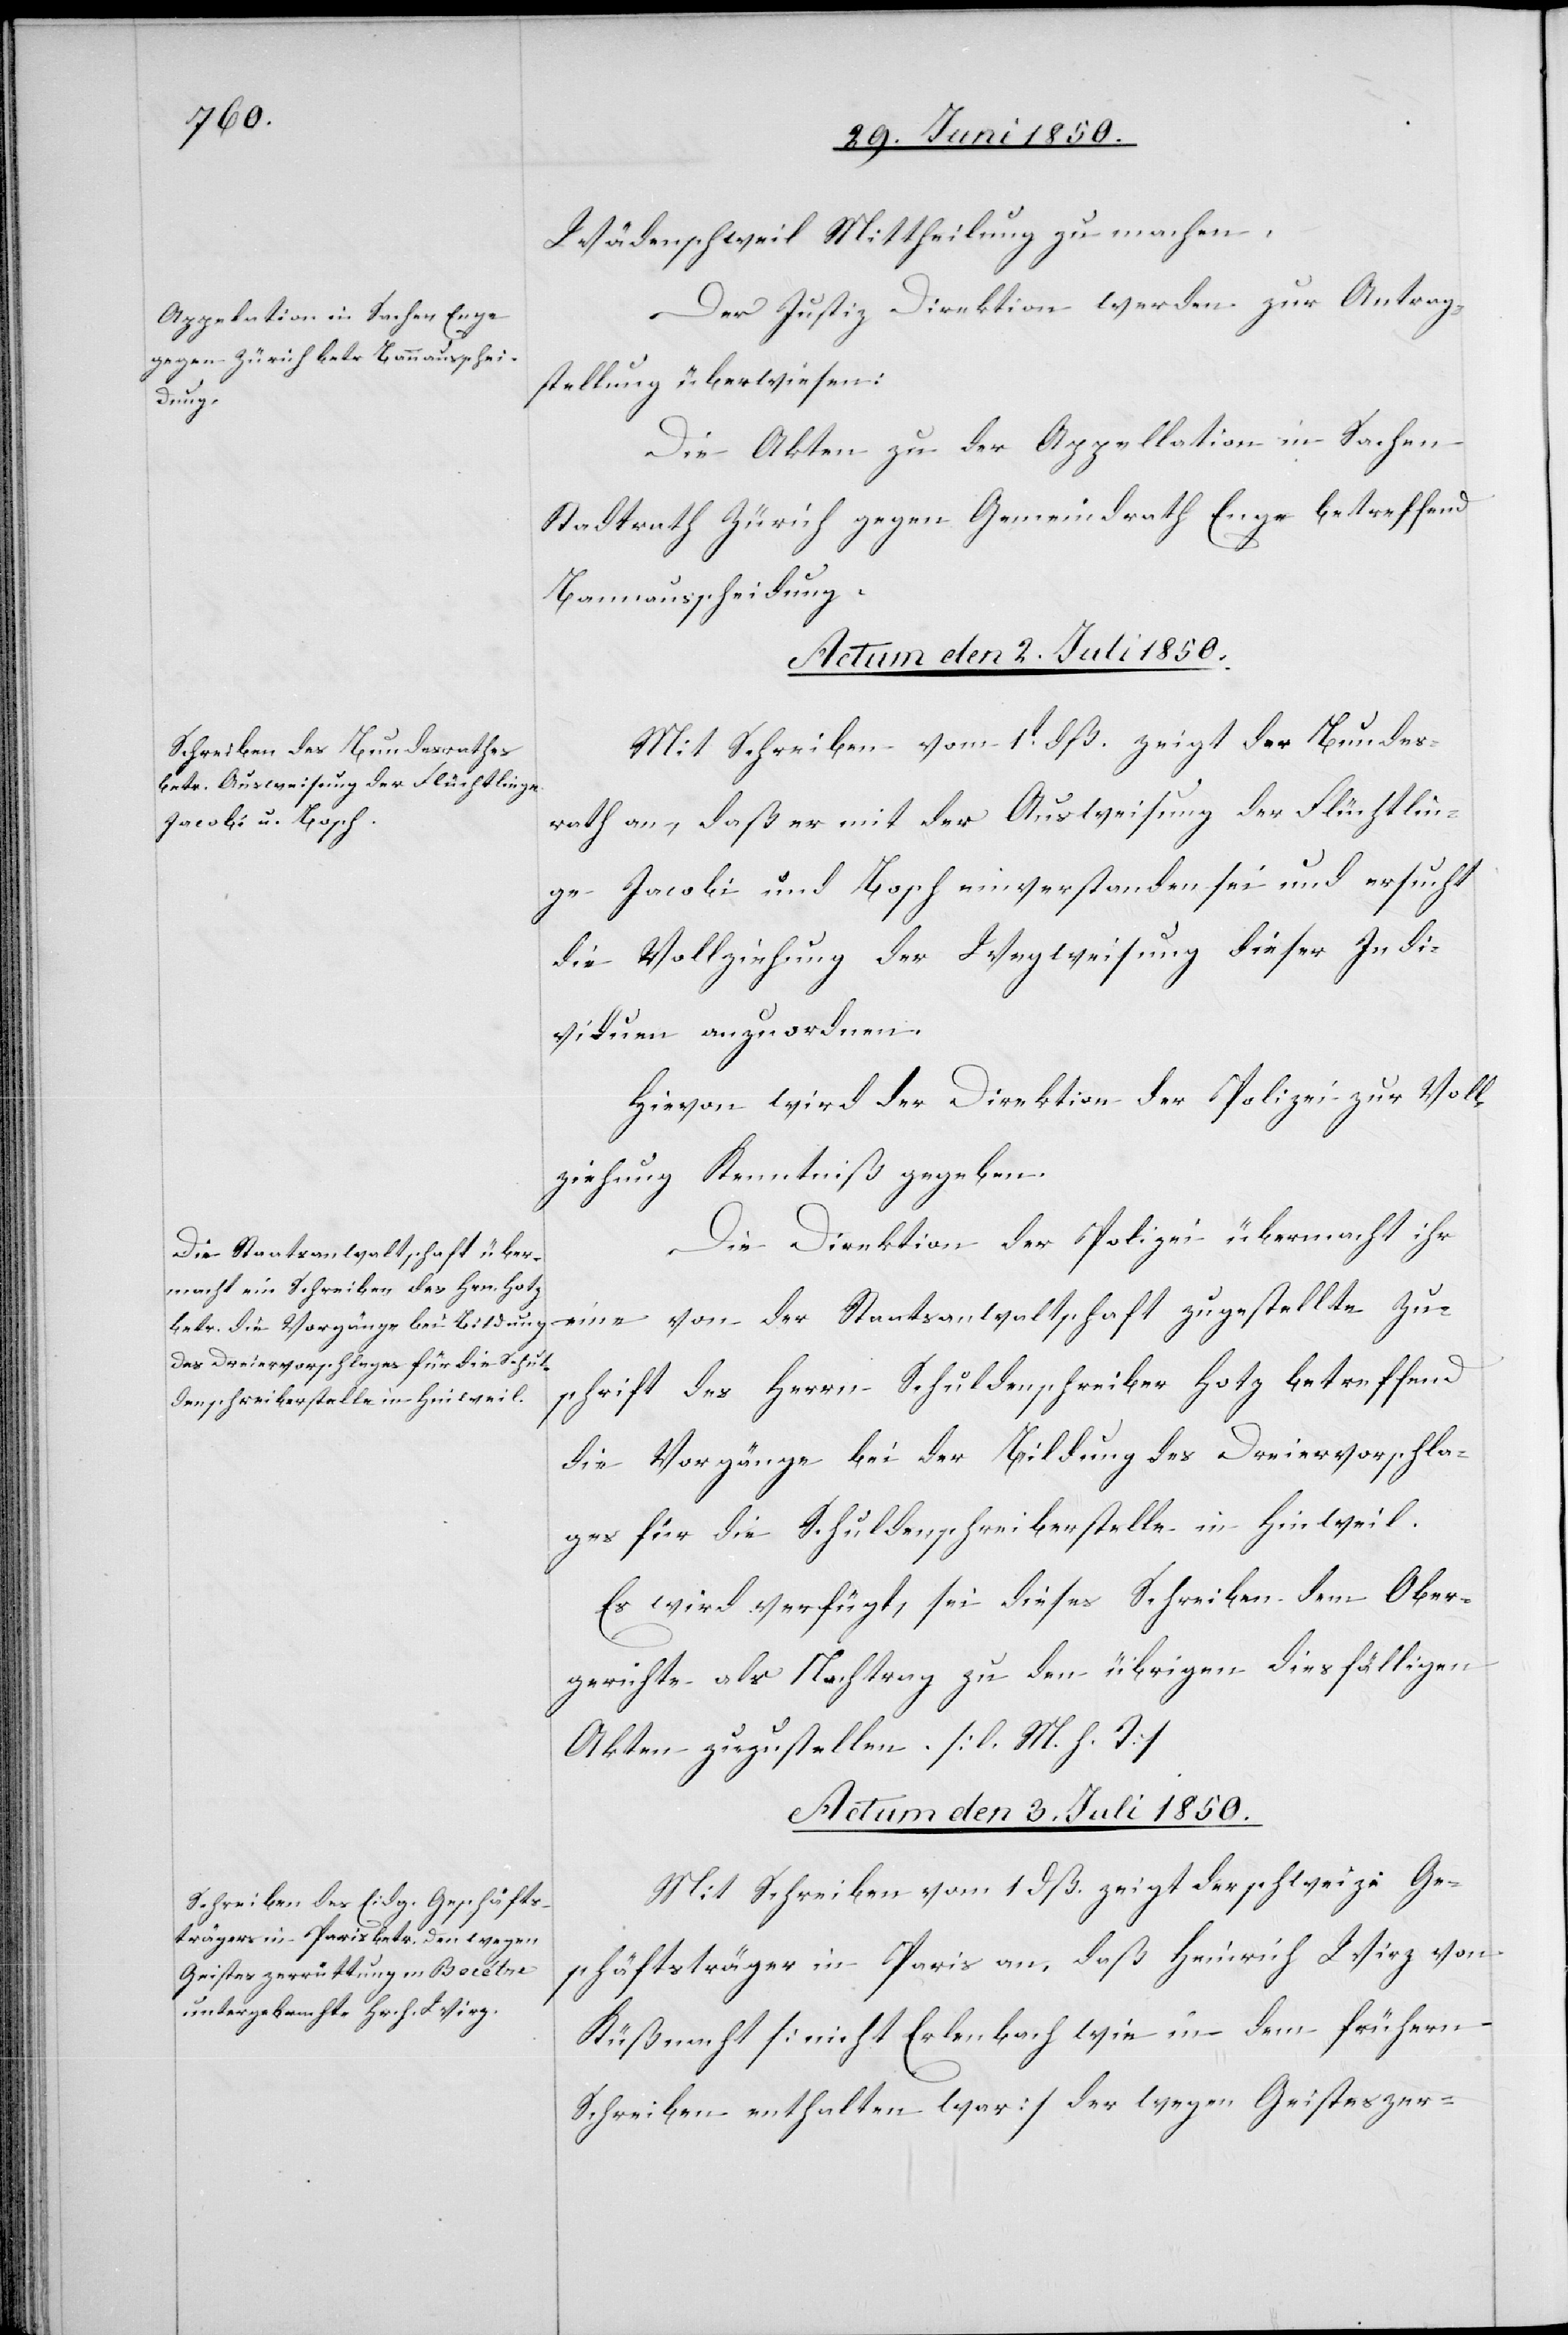
Wädenschweil Mittheilung zu machen.
Der Justiz Direktion werden zur Antrag¬
stellung überwiesen:
te Zu¬
Die Akten zu der Appellation in Sachen
Stadtrath Zürich gegen Gemeindrath Enge betreffend
Bannausscheidung.
Actum den 2. Juli 1850.]
Mit Schreiben vom 1t dß. zeigt der Bundes¬
rath an, daß er mit der Auswiesung der Flüchtlin¬
ge Jacobi und Bosch einverstanden sei und ersucht
die Vollziehung der Wegweisung dieser Indi¬
viduen anzuordnen.
Hievon wird der Direktion der Polizei zur Voll¬
ziehung Kenntniß gegeben.
Die Direktion der Polizei übermacht ihr
der Staatsanwaltschaft zuges¬
schrift des Herrn Schuldenschreiber Hotz betreffend
die Vorgänge bei der Bildung des Dreiervorschla¬
ges für die Schuldenschreiberstelle in Hinweil.
Es wird verfügt, sei dieses Schreiben dem Ober¬
gerichte als Nachtrag zu den übrigen diesfälligen
Akten zuzustellen. [l. M. h. T]
Actum den 3. Juli 1850.
Mit Schreiben vom 1 dß. zeigt der schweiz: Ge¬
schäftsträger in Paris an, daß Heinrich Wirz von
Küßnacht [nicht Erlenbach wie in dem frühern
Schreiben enthalten war] der wegen Geisteszer-